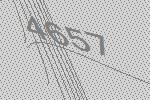
4657